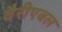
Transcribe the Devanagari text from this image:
वैरीएबल